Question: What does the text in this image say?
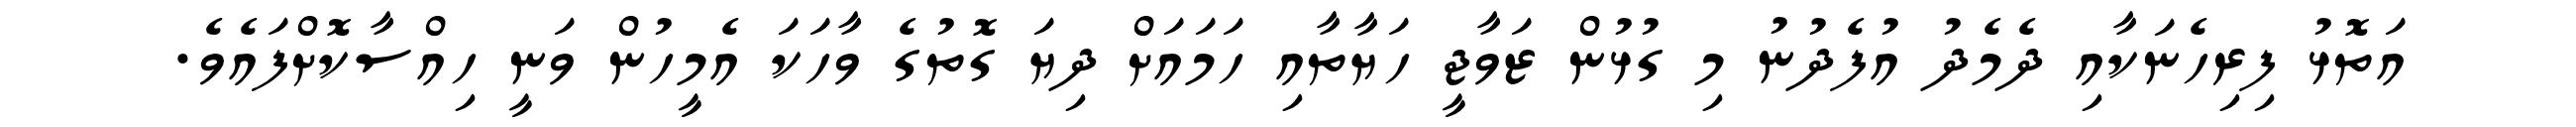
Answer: އަތޮޅު ފިރިހެނަކާއި ދެމެދު އުފެދުނު މި ގުޅުން ޒަވާޖީ ހަޔާތާއި ހަމައަށް ދިޔަ ގޮތުގެ ވާހަކަ އެމީހުން ވަނީ ހިއްސާކޮށްފައެވެ.